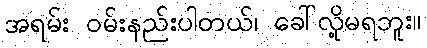
အရမ်း ဝမ်းနည်းပါတယ်၊ ခေါ်လို့မရဘူး။